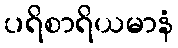
ပရိစာရိယမာနံ